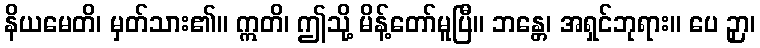
နိယမေတိ၊ မှတ်သား၏။ ဣတိ၊ ဤသို့ မိန့်တော်မူပြီ။ ဘန္တေ၊ အရှင်ဘုရား။ ပေ ဉှာ၊